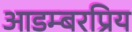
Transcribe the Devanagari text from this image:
आडम्बरप्रिय